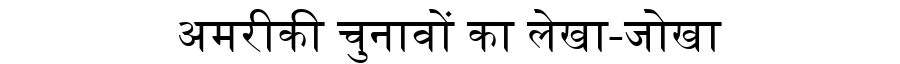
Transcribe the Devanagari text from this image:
अमरीकी चुनावों का लेखा-जोखा